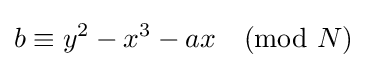
b\equiv y^{2}-x^{3}-ax{\pmod {N}}